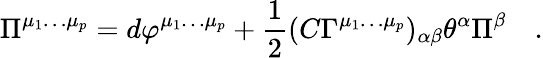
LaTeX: \Pi^{\mu_{1}\dots\mu_{p}}=d\varphi^{\mu_{1}\dots\mu_{p}}+{\frac{1}{2}}(C\Gamma^{\mu_{1}\dots\mu_{p}})_{\alpha\beta}\theta^{\alpha}\Pi^{\beta}\quad.